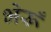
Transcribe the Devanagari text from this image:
भेरूँ